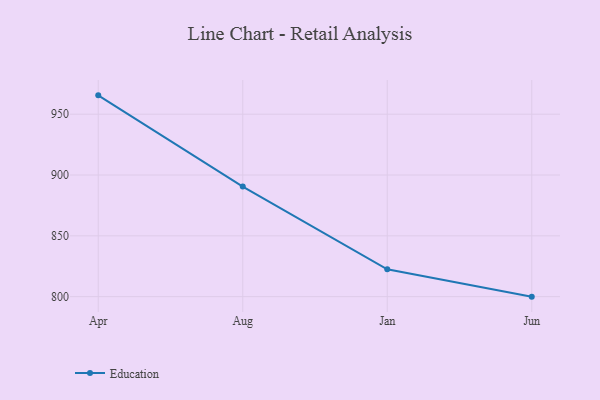
{"axis": {"x": "Month", "y": "Inventory Turnover"}, "legend": ["Education"], "data": [{"x": "Apr", "y": 965.5, "type": "Education"}, {"x": "Aug", "y": 890.5, "type": "Education"}, {"x": "Jan", "y": 822.5, "type": "Education"}, {"x": "Jun", "y": 800, "type": "Education"}]}